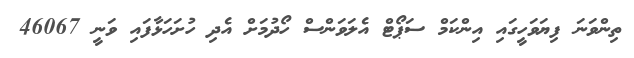
ތިންވަނަ ފިޔަވަހީގައި އިންކަމް ސަޕޯޓް އެލަވަންސް ހޯދުމަށް އެދި ހުށަހަޅާފައި ވަނީ 46067